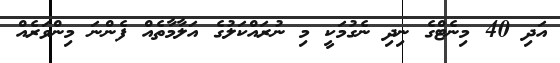
އަދި 40 މިނެޓްގެ ނިދި ނެގުމަކީ މި ނުރައްކަލުގެ އަލާމާތެއް ފެންނަ މިންވަރެއް